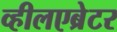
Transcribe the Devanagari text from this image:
व्हीलएब्रेटर